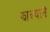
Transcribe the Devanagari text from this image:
झाल्यानॆ